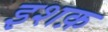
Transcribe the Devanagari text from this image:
इशक़